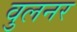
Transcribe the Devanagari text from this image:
वुलनर